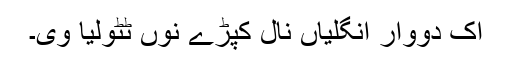
اک دووار انگلیاں نال کپڑے نوں ٹٹولیا وی۔